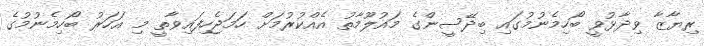
ރިޔާޒާ ވިދާޅުވީ ބޯހިމެނުމުގައި ބިދޭސީންގެ މައުލޫމާތު އެއްކުރުމަށް ހަމަޖެހިފައިވާތީ މި އަހަރު ބޯހިމެނުމުގެ